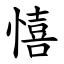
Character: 憘